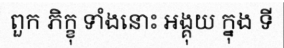
ពួក ភិក្ខុ ទាំងនោះ អង្គុយ ក្នុង ទី